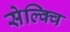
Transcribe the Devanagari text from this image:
सेल्क्वि